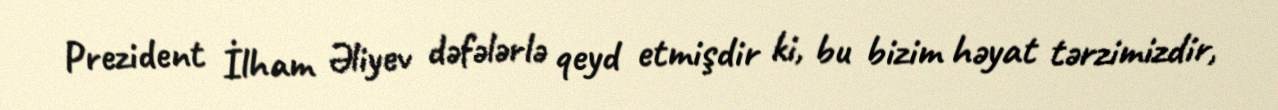
Prezident İlham Əliyev dəfələrlə qeyd etmişdir ki, bu bizim həyat tərzimizdir,